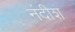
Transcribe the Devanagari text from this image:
नंदीश